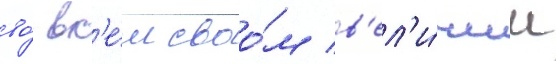
во́ вс'е́м своо́м в'ел'и́чии